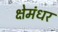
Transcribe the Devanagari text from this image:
क्षेमंधर